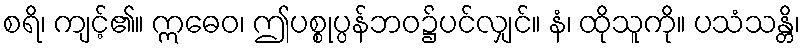
စရိ၊ ကျင့်၏။ ဣဓေဝ၊ ဤပစ္စုပ္ပန်ဘဝ၌ပင်လျှင်။ နံ၊ ထိုသူကို။ ပသံသန္တိ၊